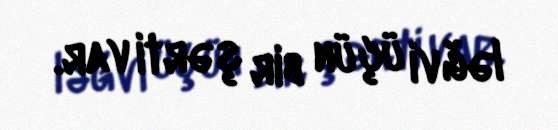
ləğvi üçün bir şərti var.